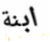
ابنة